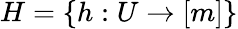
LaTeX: H=\{ h:U\to[m]\}